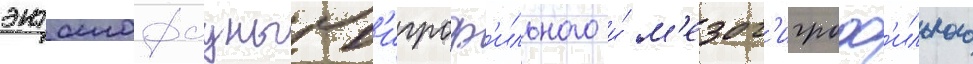
энтомофауны г'игроф'ильного и́ м'езог'игроф'ильного